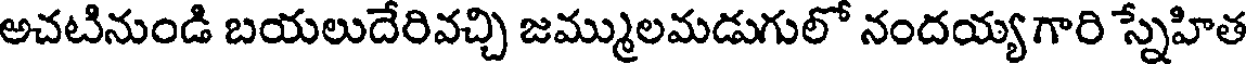
అచటినుండి బయలుదేరివచ్చి జమ్ములమడుగులో నందయ్య గారి స్నేహిత